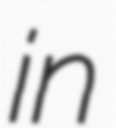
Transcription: in